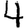
Digit: 4